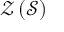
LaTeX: { \mathcal { Z } } \left( { \mathcal { S } } \right)